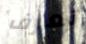
تعرف